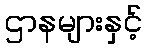
ဌာနများနှင့်